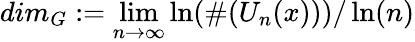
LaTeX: dim_{G}:=\operatorname*{lim}_{n\to\infty}\ln(\# (U_{n}(x)))/\ln(n)